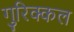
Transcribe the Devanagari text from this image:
गुरिक्कल